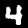
Label: 4